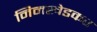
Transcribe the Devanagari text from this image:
निमखेडकर